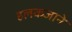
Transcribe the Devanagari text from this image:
हलकजाने